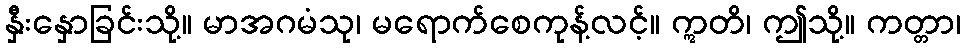
နှီးနှောခြင်းသို့။ မာအဂမံသု၊ မရောက်စေကုန့်လင့်။ ဣတိ၊ ဤသို့။ ကတ္တာ၊